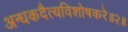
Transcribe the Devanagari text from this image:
अन्धकदैत्यविशोषकरे॥२॥